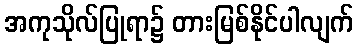
အကုသိုလ်ပြုရာ၌ တားမြစ်နိုင်ပါလျက်